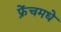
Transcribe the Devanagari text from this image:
फ्रेंचमधे